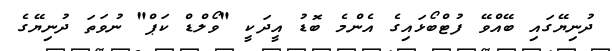
ދުނިޔޭގައި ބޭއްވޭ ފުޓްބޯޅައިގެ އެންމެ ބޮޑު އީދަކީ "ވޯލްޑް ކަޕް" ނުވަތަ ދުނިޔޭގެ